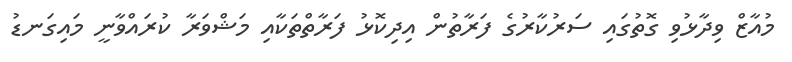
މުއާޒް ވިދާޅުވި ގޮތުގައި ސަރުކާރުގެ ފަރާތުން އިދިކޮޅު ފަރާތްތަކާއި މަޝްވަރާ ކުރައްވާނީ މައިގަނޑު